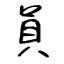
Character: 員